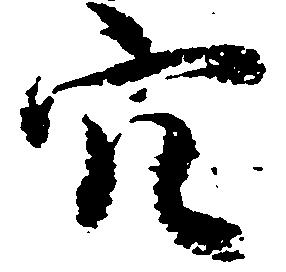
穴